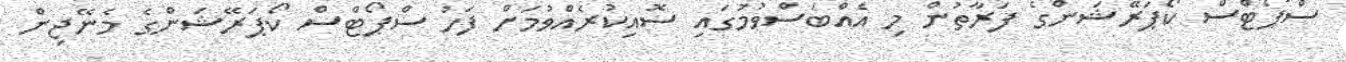
ސްޕޯޓްސް ކޯޕަރޭޝަންގެ ފަރާތުން މި އެއްބަސްވުމުގައި ސޮއިކުރެއްވުމަށް ފަހު ސްޕޯޓްސް ކޯޕަރޭޝަންގެ މެނޭޖިން